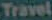
Travel